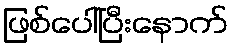
ဖြစ်ပေါ်ပြီးနောက်